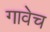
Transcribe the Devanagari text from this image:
गावेच